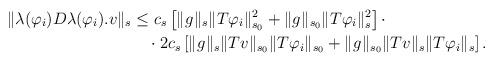
LaTeX: \begin{align*}\|\lambda(\varphi_i)D\lambda(\varphi_i).v\|_s&\le c_s\left[\|g^{}\|_s\|T\varphi_i\|_{s_0}^2+\|g^{}\|_{s_0}\|T\varphi_i\|_{s}^2\right]\cdot\\&\quad\cdot 2c_s\left[\|g^{}\|_s\|Tv\|_{s_0}\|T\varphi_i\|_{s_0}+\|g^{}\|_{s_0}\|Tv\|_{s}\|T\varphi_i\|_{s}\right].\end{align*}